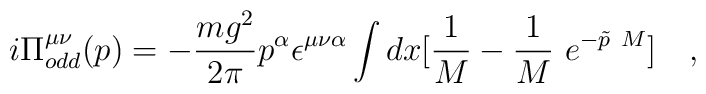
i\Pi^{\mu\nu}_{odd}(p) =  -\frac {mg^2}{2 \pi } p^{\alpha}\epsilon^{\mu \nu \alpha}\int dx [ \frac {1}{M} -  \frac {1}{M}~e^{- \tilde p~M }] ~~~,